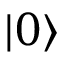
| 0 \rangle